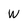
Character: W